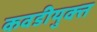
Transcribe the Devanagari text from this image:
कवडीयुक्‍त